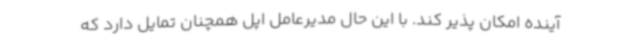
آینده امکان پذیر کند. با این حال مدیرعامل اپل همچنان تمایل دارد که